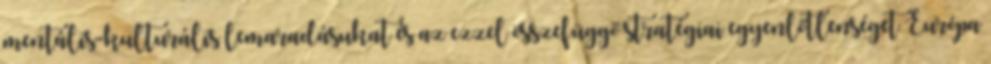
mentális-kulturális lemaradásukat és az ezzel összefüggő stratégiai egyenlőtlenséget Európa